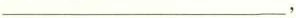
___，